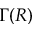
\Gamma ( R )